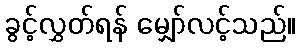
ခွင့်လွှတ်ရန် မျှော်လင့်သည်။